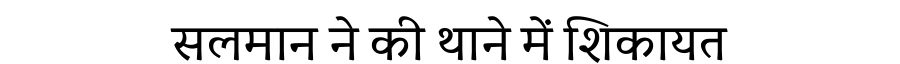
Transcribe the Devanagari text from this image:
सलमान ने की थाने में शिकायत